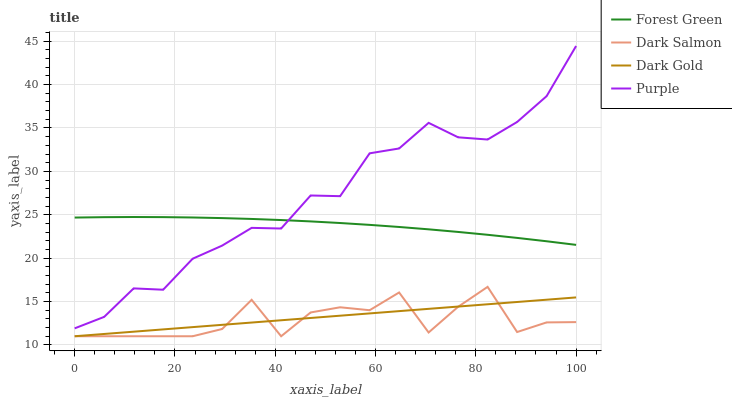
| xaxis_label | Forest Green | Dark Salmon | Dark Gold | Purple |
 | --- | --- | --- | --- | --- |
 | 0 | 24.7 | 11 | 11 | 11.9 |
 | 5.88 | 24.7 | 11 | 11.3 | 13.2 |
 | 11.8 | 24.7 | 11 | 11.5 | 16.5 |
 | 17.6 | 24.7 | 11 | 11.8 | 16.4 |
 | 23.5 | 24.7 | 11 | 12.1 | 19.9 |
 | 29.4 | 24.6 | 11.8 | 12.3 | 21.4 |
 | 35.3 | 24.5 | 15.2 | 12.6 | 23.5 |
 | 41.2 | 24.4 | 11 | 12.8 | 23.4 |
 | 47.1 | 24.2 | 13.7 | 13.1 | 27.2 |
 | 52.9 | 24 | 14.3 | 13.4 | 27.1 |
 | 58.8 | 23.8 | 14 | 13.6 | 32.1 |
 | 64.7 | 23.6 | 16 | 13.9 | 32.6 |
 | 70.6 | 23.3 | 11.4 | 14.2 | 35.6 |
 | 76.5 | 23 | 14.4 | 14.4 | 33.9 |
 | 82.4 | 22.7 | 16.7 | 14.7 | 33.7 |
 | 88.2 | 22.3 | 11.5 | 14.9 | 35.7 |
 | 94.1 | 21.9 | 12.6 | 15.2 | 38.7 |
 | 100 | 21.5 | 12.6 | 15.5 | 44.4 |